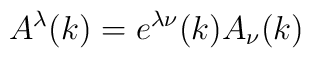
A^\lambda (k)=e^{\lambda \nu }(k)A_\nu (k)